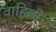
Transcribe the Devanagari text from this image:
वाहिलीं